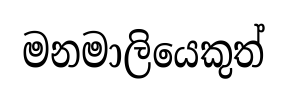
මනමාලියෙකුත්